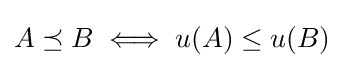
A\preceq B\iff u(A)\leq u(B)